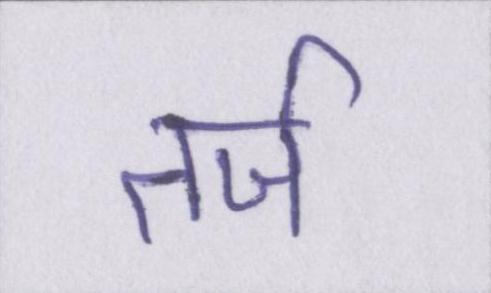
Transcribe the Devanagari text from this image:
तर्ज